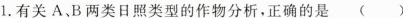
1.有关A、B两类日照类型的作物分析，正确的是 ( )